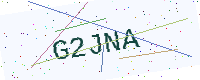
Text: G2JNA